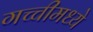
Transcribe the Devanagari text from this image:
गच्चीमध्ये